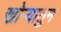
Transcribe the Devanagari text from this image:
खोऱ्यातुन